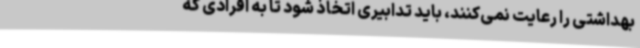
بهداشتی را رعایت نمی‌کنند، باید تدابیری اتخاذ شود تا به افرادی که